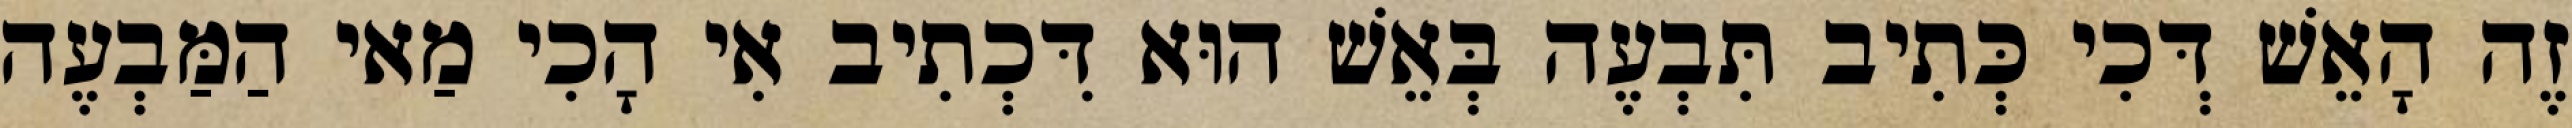
זֶה הָאֵשׁ דְּכִי כְּתִיב תִּבְעֶה בְּאֵשׁ הוּא דִּכְתִיב אִי הָכִי מַאי הַמַּבְעֶה